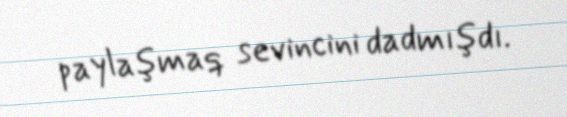
paylaşmaq sevincini dadmışdı.